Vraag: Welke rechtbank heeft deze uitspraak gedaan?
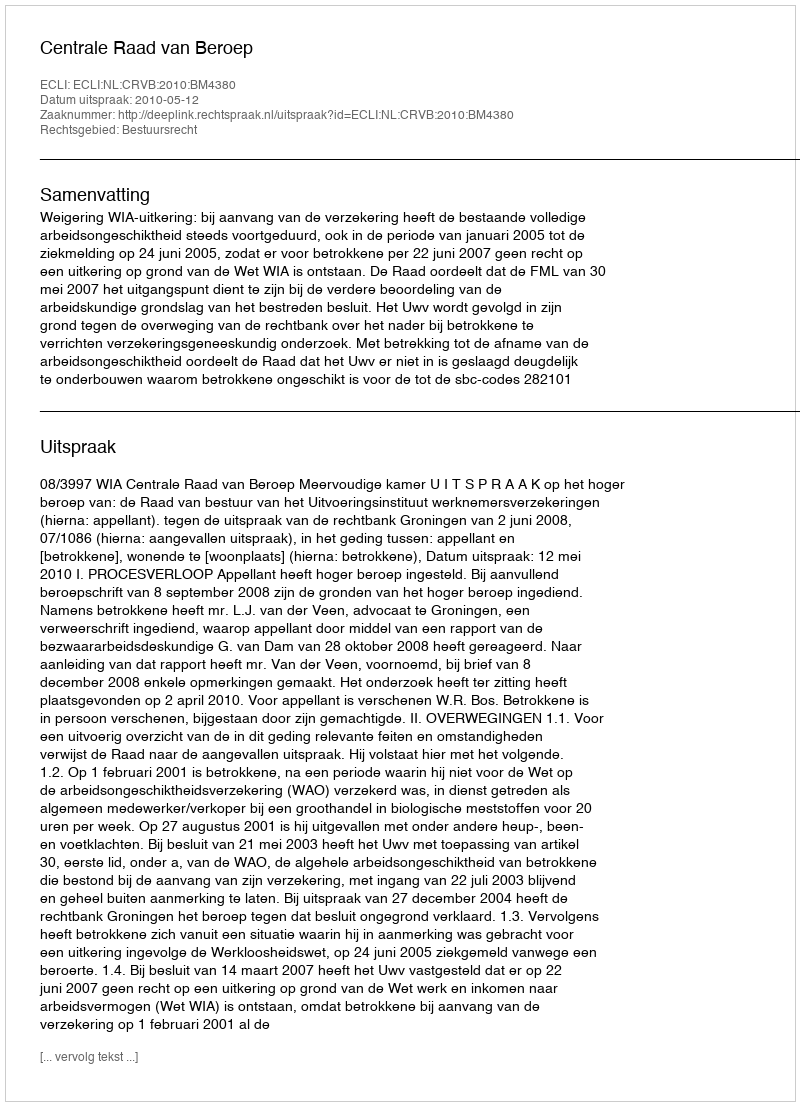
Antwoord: Centrale Raad van Beroep